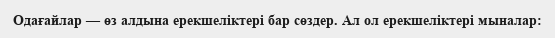
Одағайлар — өз алдына ерекшеліктері бар сөздер. Ал ол ерекшеліктері мыналар: